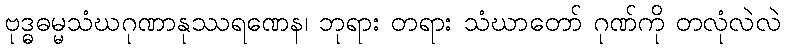
ဗုဒ္ဓဓမ္မသံဃဂုဏာနုဿရဏေန၊ ဘုရား တရား သံဃာတော် ဂုဏ်ကို တလုံလဲလဲ